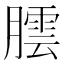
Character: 𮌻